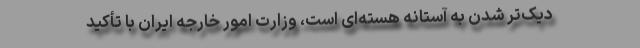
دیک‌تر شدن به آستانه هسته‌ای است، وزارت امور خارجه ایران با تأکید